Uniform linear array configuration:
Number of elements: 8
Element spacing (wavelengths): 0.25
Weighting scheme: hann
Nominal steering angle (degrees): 30
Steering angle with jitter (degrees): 30.389
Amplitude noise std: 0.05
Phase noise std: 0.05

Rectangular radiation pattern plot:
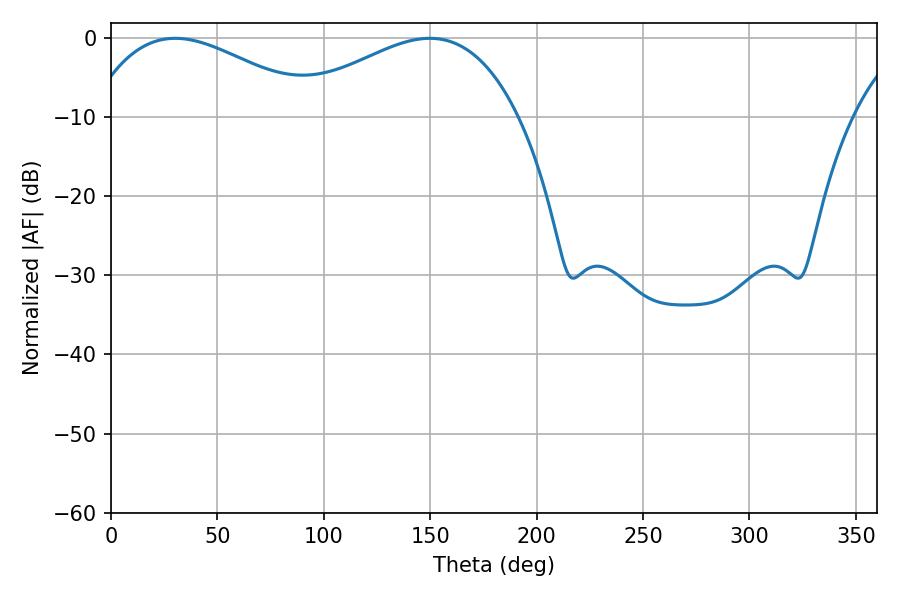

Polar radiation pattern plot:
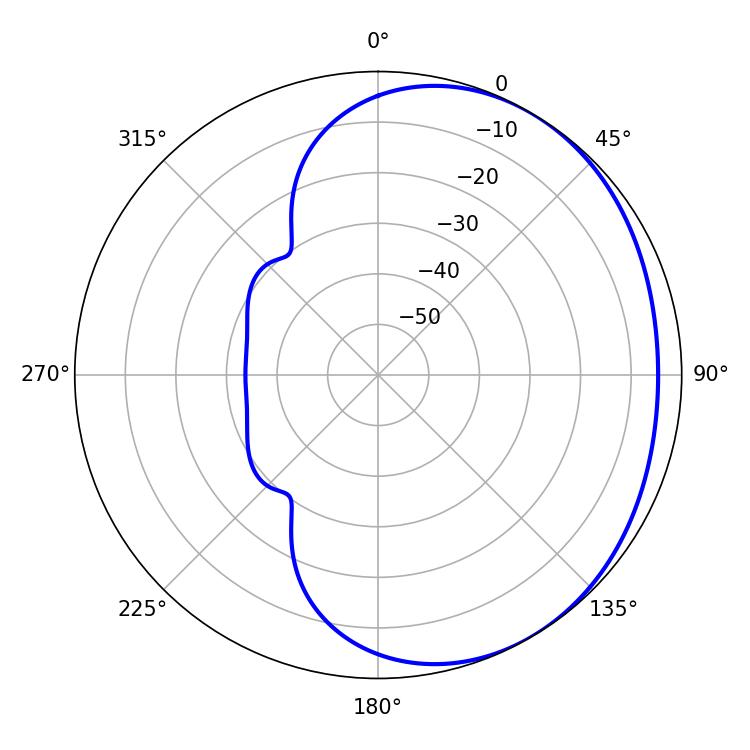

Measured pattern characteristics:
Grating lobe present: FALSE
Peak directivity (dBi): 2.147
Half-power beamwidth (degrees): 59.22
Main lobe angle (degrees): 30.24